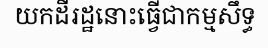
យកដីរដ្ឋនោះធ្វើជាកម្មសឹទ្ធ